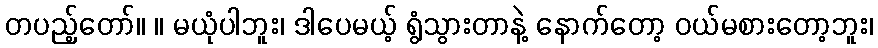
တပည့်တော်။ ။ မယုံပါဘူး၊ ဒါပေမယ့် ရွံသွားတာနဲ့ နောက်တော့ ဝယ်မစားတော့ဘူး၊